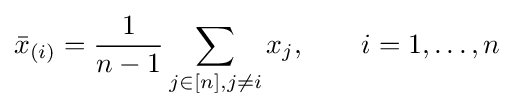
{\bar {x}}_{(i)}={\frac {1}{n-1}}\sum _{j\in [n],j\neq i}x_{j},\quad \quad i=1,\dots ,n